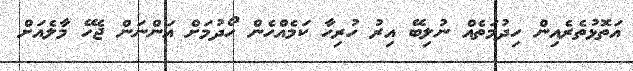
އަތޮޅުތެރެއިން ހިދުމަތެއް ނުލިބޭ އިރު ހުރިހާ ކަމެއްހެން ހޯދުމަށް އަންނަން ޖެހޭ މާލެއަށް